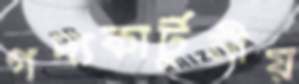
গদ্যকার্টুনীয়